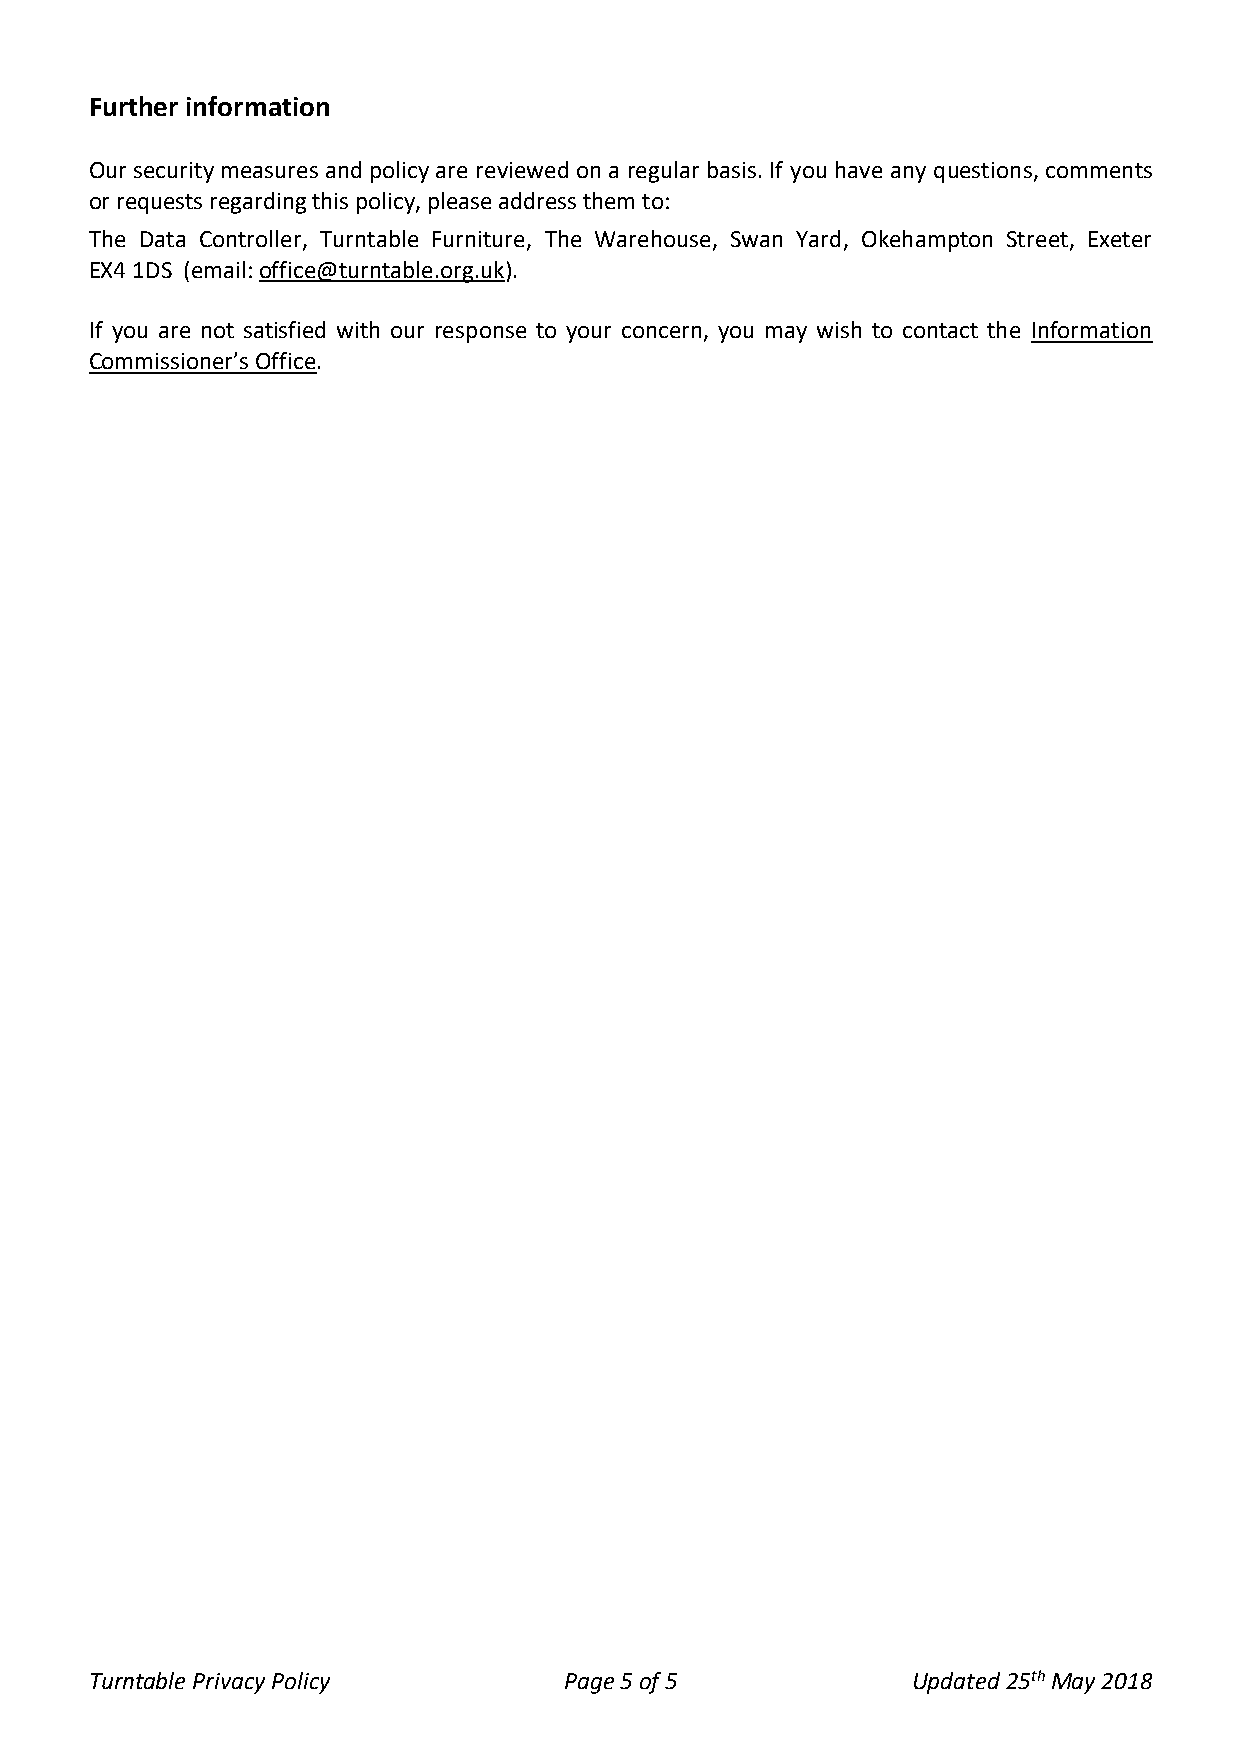
Further information
 Our security measures and policy are reviewed on a regular basis. If you have any questions, comments
 or requests regarding this policy, please address them to:
 The Data Controller, Turntable Furniture, The Warehouse, Swan Yard, Okehampton Street, Exeter
 EX4 1DS (email: office@turntable.org.uk).
 If you are not satisfied with our response to your concern, you may wish to contact the Information
 Commissioner’s Office.
 Turntable Privacy Policy       Page 5 of 5            Updated 25th May 2018